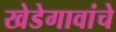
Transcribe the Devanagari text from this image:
खेडेगावांचे